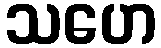
သဟေ